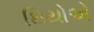
થિયોએ